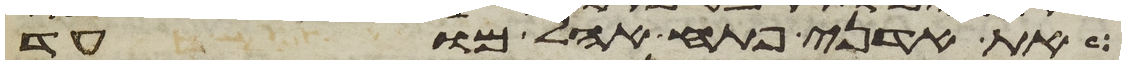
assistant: את אדני פתח אהל מועד